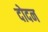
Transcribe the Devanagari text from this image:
दोदन